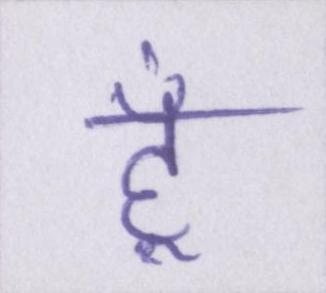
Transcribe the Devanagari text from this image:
हूँ